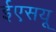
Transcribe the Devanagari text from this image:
ईएसयू